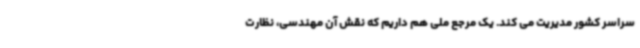
سراسر کشور مدیریت می کند. یک مرجع ملی هم داریم که نقش آن مهندسی، نظارت